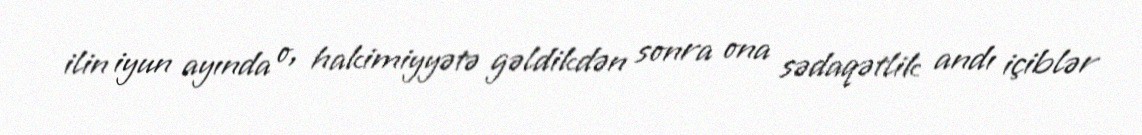
ilin iyun ayında o, hakimiyyətə gəldikdən sonra ona sədaqətlik andı içiblər